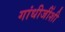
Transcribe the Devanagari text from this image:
गांधीजींशी